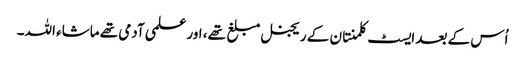
اُس کے بعد ایسٹ کلمنتان کے ریجنل مبلغ تھے، اور علمی آدمی تھے ماشاء اللہ۔